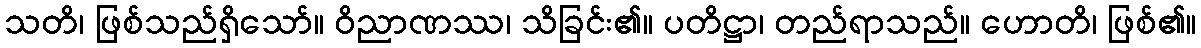
သတိ၊ ဖြစ်သည်ရှိသော်။ ဝိညာဏဿ၊ သိခြင်း၏။ ပတိဋ္ဌာ၊ တည်ရာသည်။ ဟောတိ၊ ဖြစ်၏။